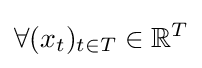
\forall (x_{t})_{t\in T}\in \mathbb {R} ^{T}